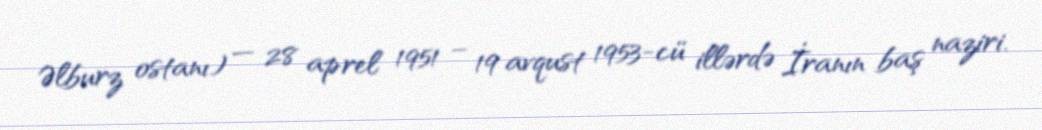
Əlburz ostanı) — 28 aprel 1951 – 19 avqust 1953-cü illərdə İranın baş naziri.